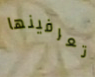
تعرفينها